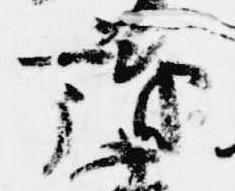
議